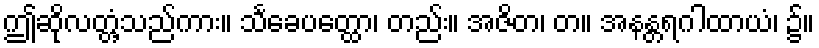
ဤဆိုလတ္တံ့သည်ကား။ သင်္ခေပတ္ထော၊ တည်း။ အဇိတ၊ တ။ အနန္တရဂါထာယံ၊ ၌။